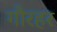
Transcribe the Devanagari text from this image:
गौरहर